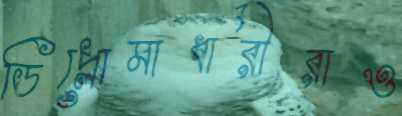
ডিপ্লোমাধারীরাও